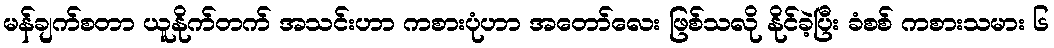
မန်ချက်စတာ ယူနိုက်တက် အသင်းဟာ ကစားပုံဟာ အတော်လေး ဖြစ်သလို နိုင်ခဲ့ပြီး ခံစစ် ကစားသမား ၆